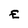
Character: E